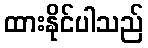
ထားနိုင်ပါသည်